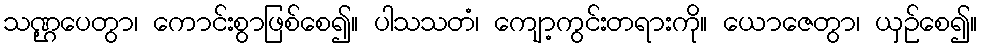
သဏ္ဌပေတွာ၊ ကောင်းစွာဖြစ်စေ၍။ ပါသသတံ၊ ကျော့ကွင်းတရားကို။ ယောဇေတွာ၊ ယှဉ်စေ၍။